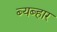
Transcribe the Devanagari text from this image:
ब्यब्हार